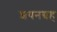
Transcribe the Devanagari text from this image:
शयनग्रह